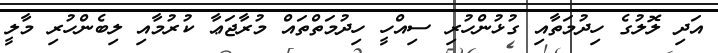
އަދި ލޮލުގެ ހިދުމަތާއި ގުޅުންހުރި ސިއްހީ ހިދުމަތްތައް މުރާޖަޢާ ކުރުމާއި ލިބެންހުރި މާލީ